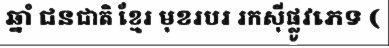
ឆ្នាំ ជនជាតិ ខ្មែរ មុខរបរ រកស៊ីផ្លូវភេទ (